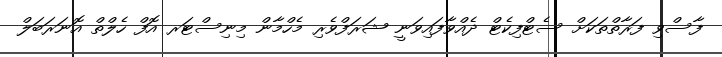
ފާސްވި ފަރާތްތަކަށް ސެޓްފިކެޓް ދެއްވާފައިވަނީ ޝަރަފްވެރި މެހްމާން މިނިސްޓަރ އޮފް ހެލްތް އޮނަރަބަލް